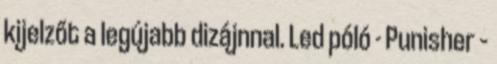
kijelzőt a legújabb dizájnnal. Led póló - Punisher –